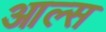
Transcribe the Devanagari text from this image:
आल्स